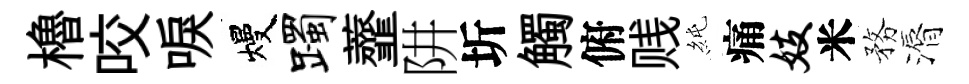
櫓咬唳熳躅虀阱圻觸俯贱純痛妓米務漘